Regulations for the medical services of the Army of India
Year: 1930
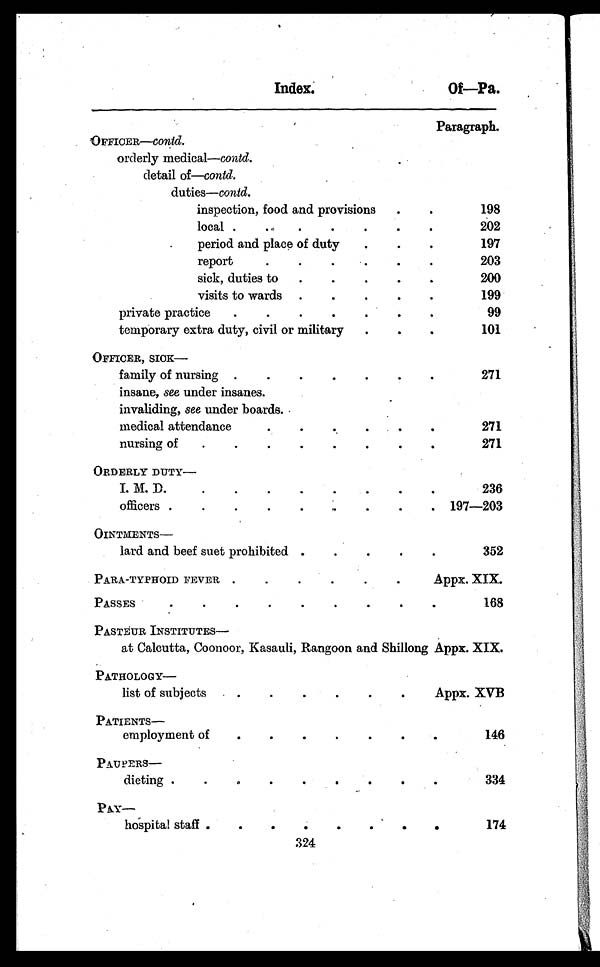
Index.
Of—Pa.
Paragraph.
OFFICER—contd.
orderly medical—contd.
detail of—contd.
duties—contd.
inspection, food and provisions . . .
198
local . . .
202
period and place of duty . . .
1 9 7
report. . .
2 0 3
sick, duties to . . .
2 0 0
visits to wards. . .
1 9 9
p r i v a t e p r a c t i c e . . .
9 9
temporary extra duty, civil or military . . .
1 0 1
OFFICER, SICK
—
family of nursing . . .
2 7 1
insane, see under insanes.
invaliding, see under boards.
medical attendance. . .
2 7 1
nursing of . . .
2 7 1
ORDERLY DUTY
—
I. M.D. . . .
2 3 6
officers . . .
1 9 7 — 2 0 3
OINTMENTS —
lard and beef suet prohibited . . .
3 5 2
.
PARA-TYPHOID FEVER. . .
A p p x . X I X .
PASSES . . .
168
PASTEUR INSTITUTES
—
at Calcutta, Coonoor, Kasauli, Rangoon and Shillong Appx. XIX.
PATHOLOGY—
list of subjects . . .
Appx. XVB
PATIENTS—
employment of . . .
1 4 6
PAUPERS —
dieting . . .
3 3 4
PAY—
hospital staff . . .
1 7 4
324